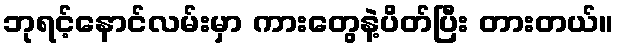
ဘုရင့်နောင်လမ်းမှာ ကားတွေနဲ့ပိတ်ပြီး တားတယ်။